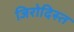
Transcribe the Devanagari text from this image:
जिरोदिस्त